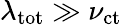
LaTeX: \lambda_{\mathrm{tot}}\gg\nu_{\mathrm{ct}}